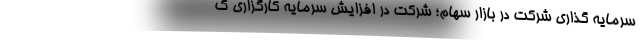
سرمایه گذاری شرکت در بازار سهام؛ شرکت در افزایش سرمایه کارگزاری ک